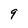
Character: 9